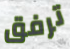
ترفق